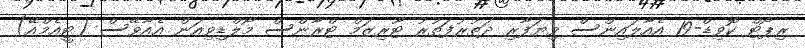
ރިޕޯޓް ކޮވިޑް-19 އެއާލައިންސް ވިޔަފާރި ދަތުރުފަތުރު ޓޫރިޒަމް ޓްރާންސް މޯލްޑިވިއަން އެއާވޭސް (ޓީއެމްއޭ)